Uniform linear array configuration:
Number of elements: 24
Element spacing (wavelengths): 0.25
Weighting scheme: kaiser
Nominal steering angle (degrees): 0
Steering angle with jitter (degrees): -1.619
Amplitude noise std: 0.05
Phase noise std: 0.05

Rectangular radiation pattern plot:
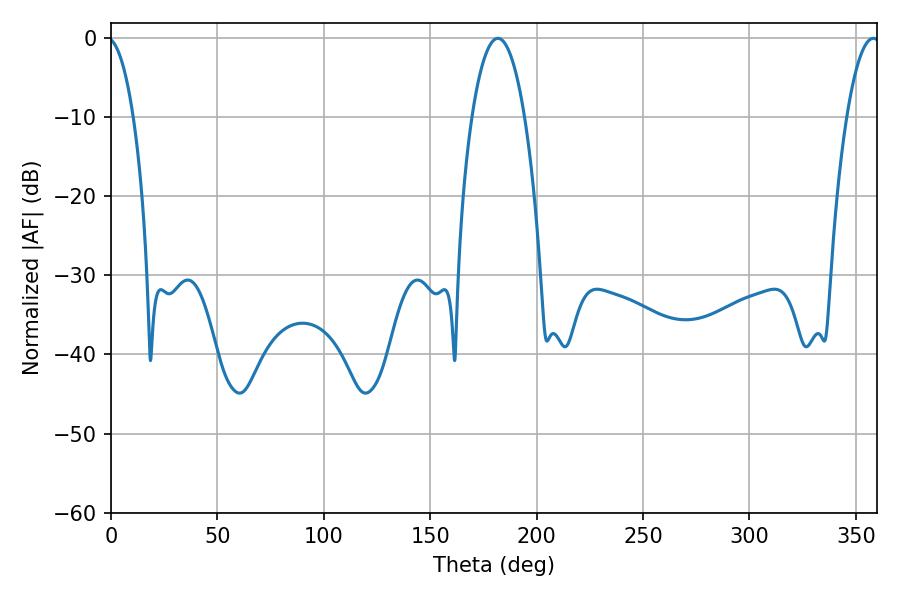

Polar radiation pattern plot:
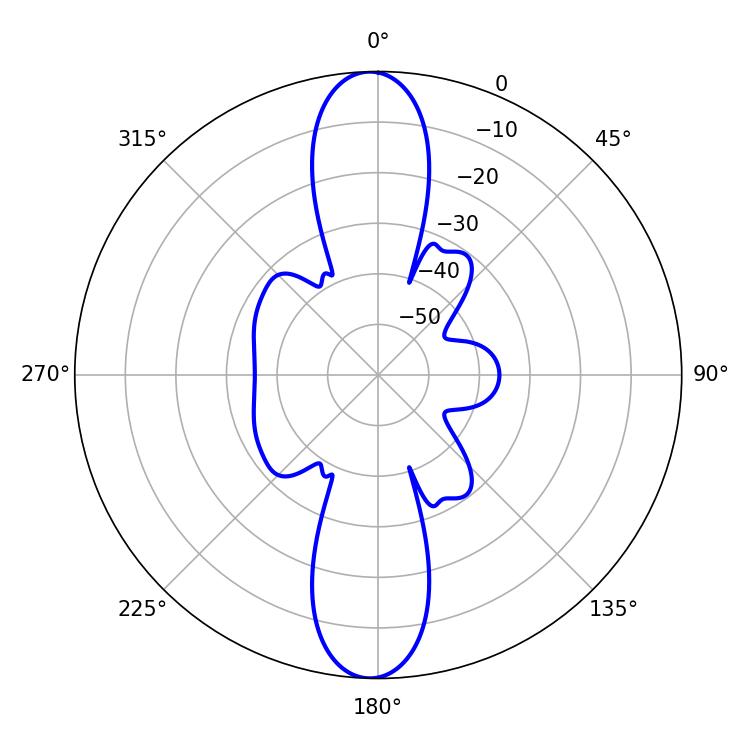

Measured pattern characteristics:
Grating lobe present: FALSE
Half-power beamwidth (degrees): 8.64
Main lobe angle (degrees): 358.2